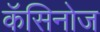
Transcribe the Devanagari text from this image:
कॅसिनोज